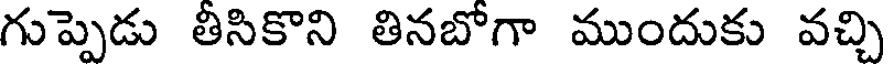
గుప్పెడు తీసికొని తినబోగా ముందుకు వచ్చి